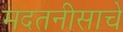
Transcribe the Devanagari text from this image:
मदतनीसाचे